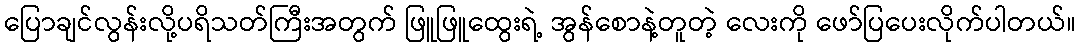
ပြောချင်လွန်းလို့ပရိသတ်ကြီးအတွက် ဖြူဖြူထွေးရဲ့ အွန်စောနဲ့တူတဲ့ လေးကို ဖော်ပြပေးလိုက်ပါတယ်။